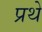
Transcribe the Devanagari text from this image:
प्रथे